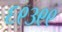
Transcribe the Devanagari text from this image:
६९३९९